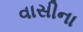
વાસીના